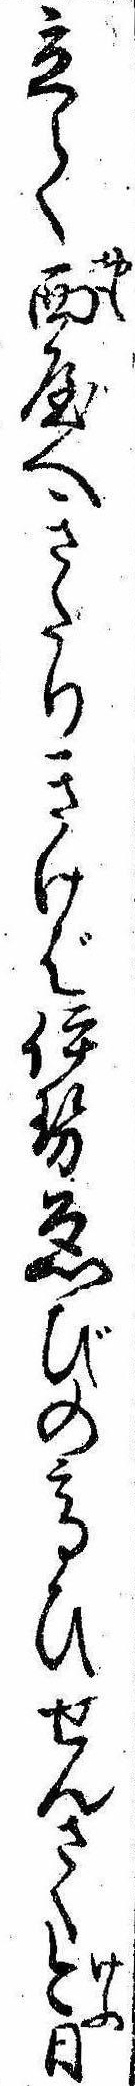
立て面屋へきたりきけば伊勢ゑびの高ひせんさく今日